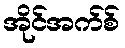
အိုင်အက်စ်